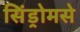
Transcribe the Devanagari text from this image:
सिंड्रोमसे